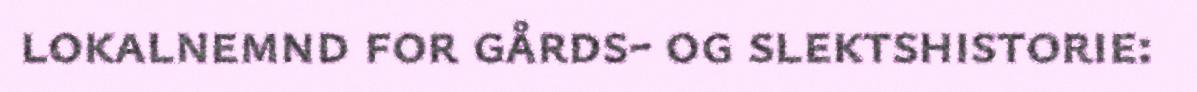
lokalnemnd for gårds- og slektshistorie: